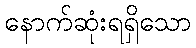
နောက်ဆုံးရရှိသော